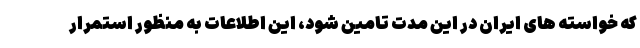
که خواسته های ایران در این مدت تامین شود، این اطلاعات به منظور استمرار